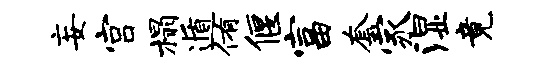
妄宫榻遁侑偃富套家湿竟